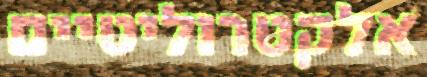
אלקטרוליטיים